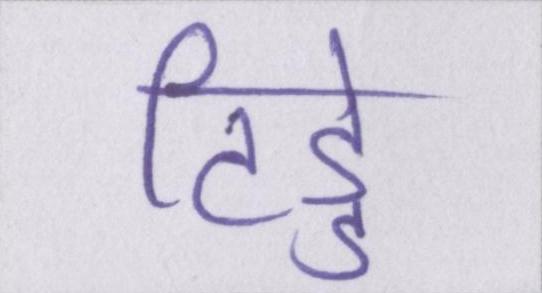
टिड्डे